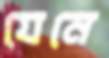
যেনে